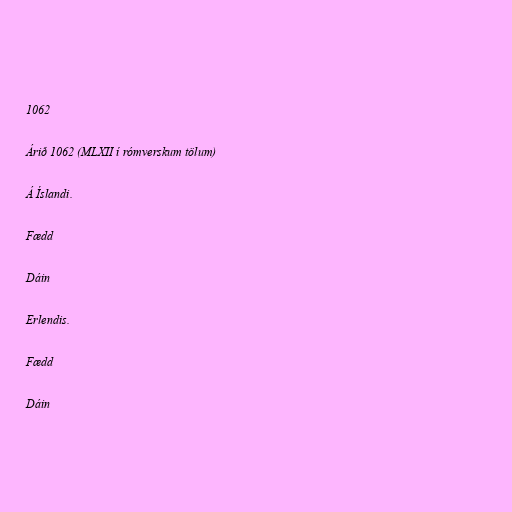
1062

Árið 1062 (MLXII í rómverskum tölum)

Á Íslandi.

Fædd

Dáin

Erlendis.

Fædd

Dáin